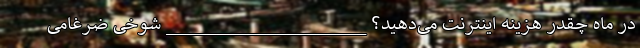
در ماه چقدر هزینه اینترنت می‌دهید؟ ____________________ شوخی ضرغامی